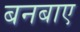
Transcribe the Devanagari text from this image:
बनबाए